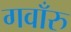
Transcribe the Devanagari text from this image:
गवाँरु